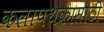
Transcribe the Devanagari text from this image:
कलापथकासाठी